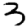
Digit: 3